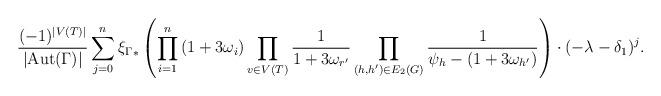
LaTeX: \begin{align*}\frac{(-1)^{|V(T)|}}{|{\rm Aut}(\Gamma)|} \sum_{j=0}^{n}{\xi_{\Gamma}}_*\left(\prod_{i=1}^{n} \left(1+3\omega_i\right) \prod_{v\in V(T)} \frac{1}{1+3\omega_{r'}}\prod_{(h,h')\in E_2(G)} \frac{1}{\psi_h-(1+3\omega_{h'})} \right)\cdot (-\lambda - \delta_1)^{j}.\end{align*}